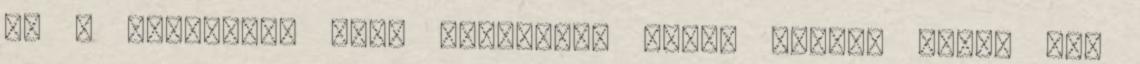
De a nagydarab srác kihullása újabb erővel tölti el,